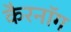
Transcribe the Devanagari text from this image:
कैरनॉग